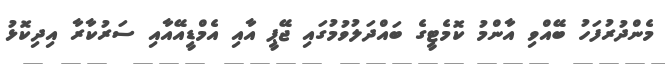
މެންދުރުފަހު ބޭއްވި އާންމު ކޮމެޓީގެ ބައްދަލުވުމުގައި ޖޭޕީ އާއި އެމްޑީއޭއާއި ސަރުކާރާ އިދިކޮޅު